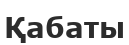
Қабаты